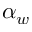
\alpha _ { w }